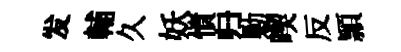
发輔久妖憤归勦喫反頴